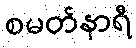
စမတ်နာရီ